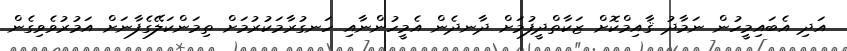
އަދި އެބައިމީހުން ނަމާދު ޤާއިމްކޮށް ޒަކާތްދީފުމަށް ދާނދެން އެމީހުންނާއި ހަނގުރާމަކުރުމަށް ތިމަންކަލޭގެފާނަށް އަމުރުވެވިގެން